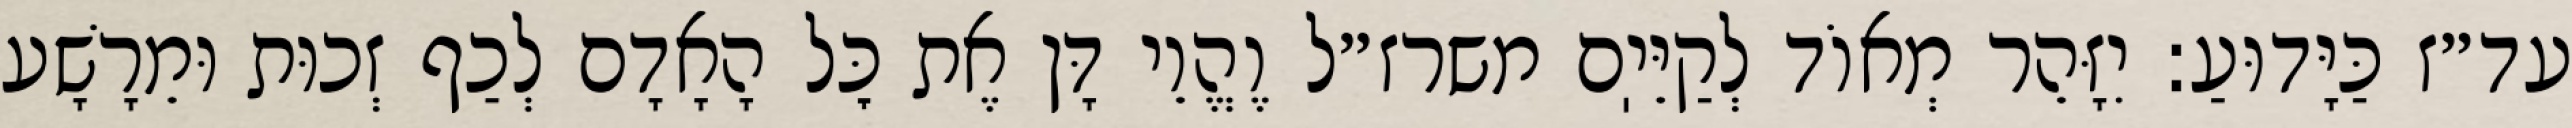
עד״ז כַּיָּדוּעַ: יִזָּהֵר מְאוֹד לְקַיֵּיֽם משרז״ל וֶהֱוֵי דָּן אֶת כׇּל הָאָדָם לְכַף זְכוּת וּמֵרָשָׁע